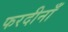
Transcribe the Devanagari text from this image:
फरदीनाँ